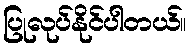
ပြုလုပ်နိုင်ပါတယ်။